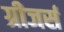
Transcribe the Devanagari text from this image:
ग्रीजर्स